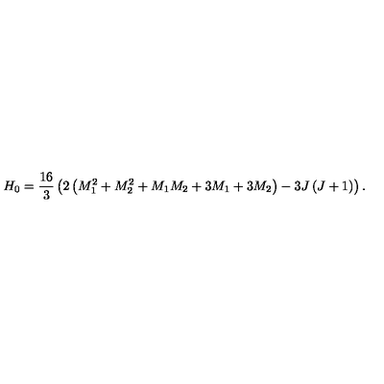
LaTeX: H _ { 0 } = { \frac { 1 6 } { 3 } } \left( 2 \left( M _ { 1 } ^ { 2 } + M _ { 2 } ^ { 2 } + M _ { 1 } M _ { 2 } + 3 M _ { 1 } + 3 M _ { 2 } \right) - 3 J \left( J + 1 \right) \right) .